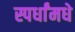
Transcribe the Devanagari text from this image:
स्पर्धांमधे